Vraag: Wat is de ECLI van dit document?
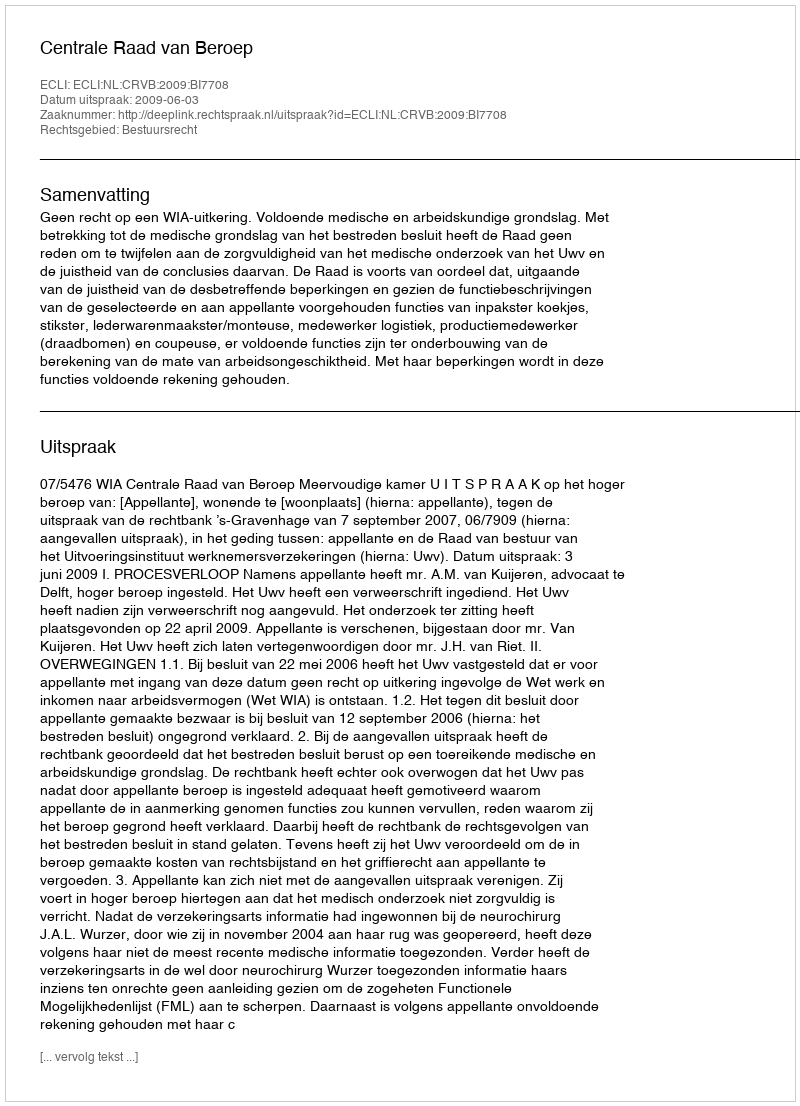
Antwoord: ECLI:NL:CRVB:2009:BI7708